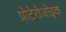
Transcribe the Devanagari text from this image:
प्रोटेरोजोइक